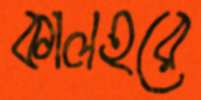
কালহরে